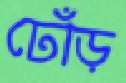
ঢোঁড়